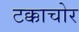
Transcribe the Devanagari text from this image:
टक्काचोर